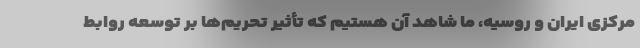
مرکزی ایران و روسیه، ما شاهد آن هستیم که تأثیر تحریم‌ها بر توسعه روابط